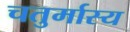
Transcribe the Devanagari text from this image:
चतुर्मास्य